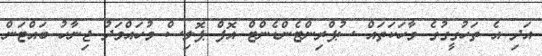
އަދި އެ ތަހުގީގުގެ ވާހަކަތައް ސުޕްރިންޓެންޑެންޓް އޮފް ޕޮލިސް މުހައްމަދު ޖިނާހު ބައްޓަން